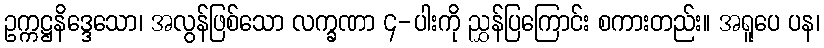
ဥက္ကဋ္ဌနိဒ္ဒေသော၊ အလွန်ဖြစ်သော လက္ခဏာ ၄-ပါးကို ညွှန်ပြကြောင်း စကားတည်း။ အရူပေ ပန၊